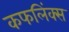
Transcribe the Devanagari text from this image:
कफलिंक्स